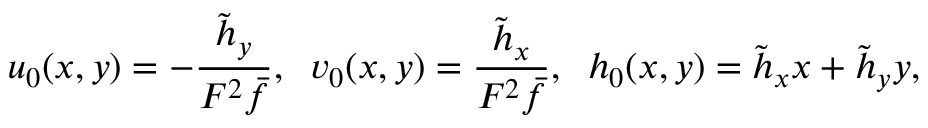
u _ { 0 } ( x , y ) = - \frac { \tilde { h } _ { y } } { F ^ { 2 } \bar { f } } , \; \; v _ { 0 } ( x , y ) = \frac { \tilde { h } _ { x } } { F ^ { 2 } \bar { f } } , \; \; h _ { 0 } ( x , y ) = \tilde { h } _ { x } x + \tilde { h } _ { y } y ,